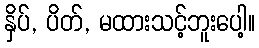
နှိပ်, ပိတ်, မထားသင့်ဘူးပေါ့။